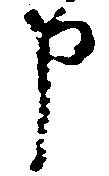
申